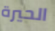
الحيرة